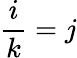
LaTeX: {\frac{i}{k}}=j